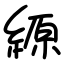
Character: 縓